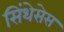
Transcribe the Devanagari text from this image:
सिंथेसेस